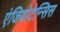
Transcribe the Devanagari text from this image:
एंजियोटेन्सिस